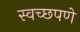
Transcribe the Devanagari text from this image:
स्वच्छपणे